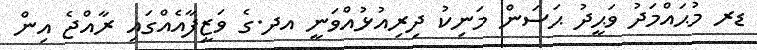
ޑރ މުޙައްމަދު ވަޙީދު ޙަސަން މަނިކު ދިރިއުޅުއްވަނީ އދ.ގެ ވަޒީފާއެއްގައި ރާއްޖެ އިން